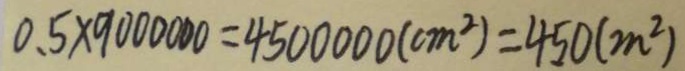
0 . 5 \times 9 0 0 0 0 0 0 = 4 5 0 0 0 0 0 ( c m ^ { 2 } ) = 4 5 0 ( m ^ { 2 } )